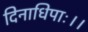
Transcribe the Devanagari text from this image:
दिनाधिपाः।।